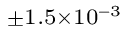
^ { \pm 1 . 5 \times 1 0 ^ { - 3 } }